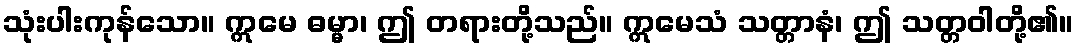
သုံးပါးကုန်သော။ ဣမေ ဓမ္မာ၊ ဤ တရားတို့သည်။ ဣမေသံ သတ္တာနံ၊ ဤ သတ္တဝါတို့၏။